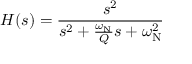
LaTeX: H ( s ) = { \frac { s ^ { 2 } } { s ^ { 2 } + { \frac { \omega _ { \mathrm { N } } } { Q } } s + \omega _ { \mathrm { N } } ^ { 2 } } }